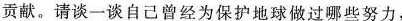
贡献。请谈一谈自己曾经为保护地球做过哪些努力，